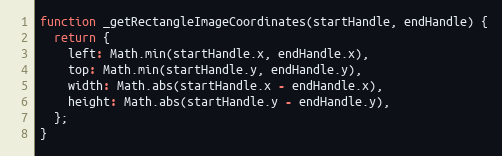
Language: JavaScript
function _getRectangleImageCoordinates(startHandle, endHandle) {
  return {
    left: Math.min(startHandle.x, endHandle.x),
    top: Math.min(startHandle.y, endHandle.y),
    width: Math.abs(startHandle.x - endHandle.x),
    height: Math.abs(startHandle.y - endHandle.y),
  };
}